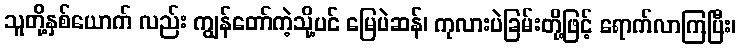
သူတို့နှစ်ယောက် လည်း ကျွန်တော်ကဲ့သို့ပင် မြေပဲဆန်၊ ကုလားပဲခြမ်းတို့ဖြင့် ရောက်လာကြပြီး၊